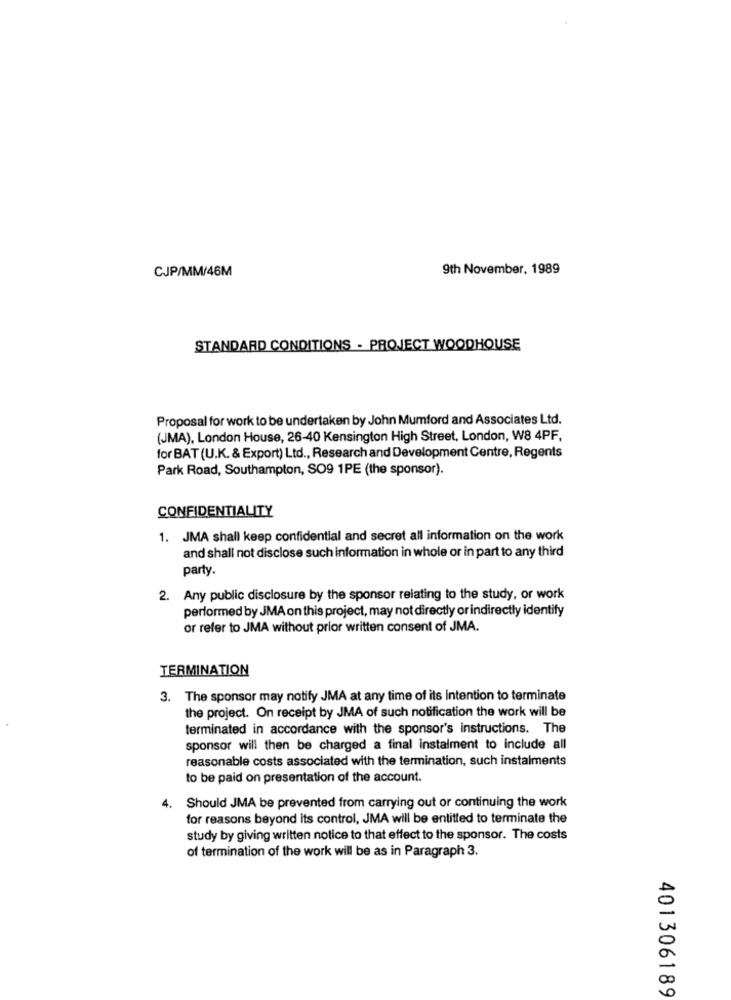
CJP/MM/46M
9th November, 1989
STANDARD CONDITIONS - PROJECT WOODHOUSE
Proposal for work to be undertaken by John Mumford and Associates Ltd.
(JMA), London House, 26-40 Kensington High Street, London, W8 4PF,
for BAT (U.K. & Export) Ltd ., Research and Development Centre, Regents
Park Road, Southampton, SO9 1PE (the sponsor).
CONFIDENTIALITY
1. JMA shall keep confidential and secret all information on the work
and shall not disclose such information in whole or in part to any third
party.
2. Any public disclosure by the sponsor relating to the study, or work
performed by JMA on this project, may not directly or indirectly identify
or refer to JMA without prior written consent of JMA.
TERMINATION
3. The sponsor may notify JMA at any time of its Intention to terminate
the project. On receipt by JMA of such notification the work will be
terminated in accordance with the sponsor's instructions. The
sponsor will then be charged a final instalment to include all
reasonable costs associated with the termination, such instalments
to be paid on presentation of the account.
. Should JMA be prevented from carrying out or continuing the work
for reasons beyond its control, JMA will be entitled to terminate the
study by giving written notice to that effect to the sponsor. The costs
of termination of the work will be as in Paragraph 3.
401306189